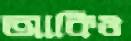
আকিও